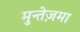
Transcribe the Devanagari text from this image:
मुन्तेज़मा